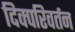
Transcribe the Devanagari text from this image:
दिक्परिवर्तन